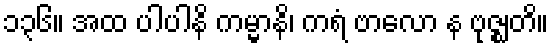
၁၃၆။ အထ ပါပါနိ ကမ္မာနိ၊ ကရံ ဗာလော န ဗုဇ္ဈတိ။